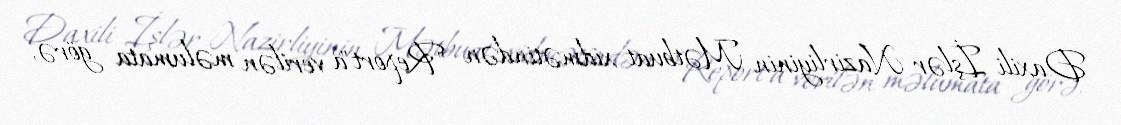
Daxili İşlər Nazirliyinin Mətbuat xidmətindən "Report"a verilən məlumata görə,